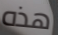
هذه